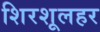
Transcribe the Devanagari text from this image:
शिरशूलहर